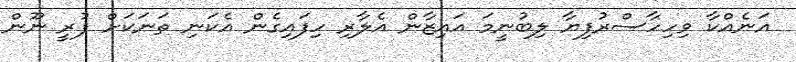
އަނެއްކާ ވިހިހާސްރުފިޔާ ލިބުނީމަ އައިޒާން އެލާރި ހިފައިގެން އެކަނި ތަނަކަށް ފުރީ ނޫން